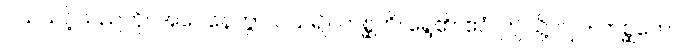
ပယ်သင့်သည်ကို။ အပေနေတွာ၊ ပယ်၍။ တစ္ဆတိ၊ ရွေ၏။ ဧဝံ၊ ဤသို့လျှင်။ တစ္ဆကော၊